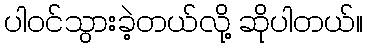
ပါဝင်သွားခဲ့တယ်လို့ ဆိုပါတယ်။